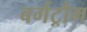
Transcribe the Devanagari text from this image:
बर्गट्रौम